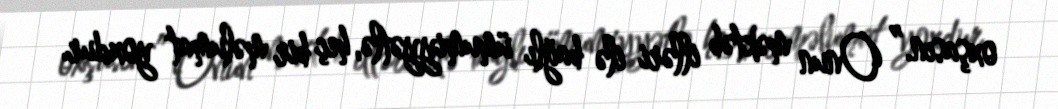
oxşasın.” Onun məktəb illəri ilə bağlı ümumiyyətlə, heç bir məlumat yoxdur.